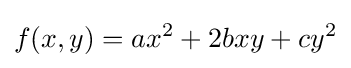
f(x,y)=ax^{2}+2bxy+cy^{2}